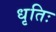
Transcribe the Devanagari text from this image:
धृतिः